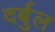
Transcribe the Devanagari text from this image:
दर्बुल